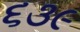
૬૩૯